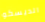
الديسكو